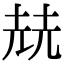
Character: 𡋰